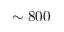
\sim 8 0 0